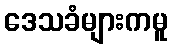
ဒေသခံများကမူ